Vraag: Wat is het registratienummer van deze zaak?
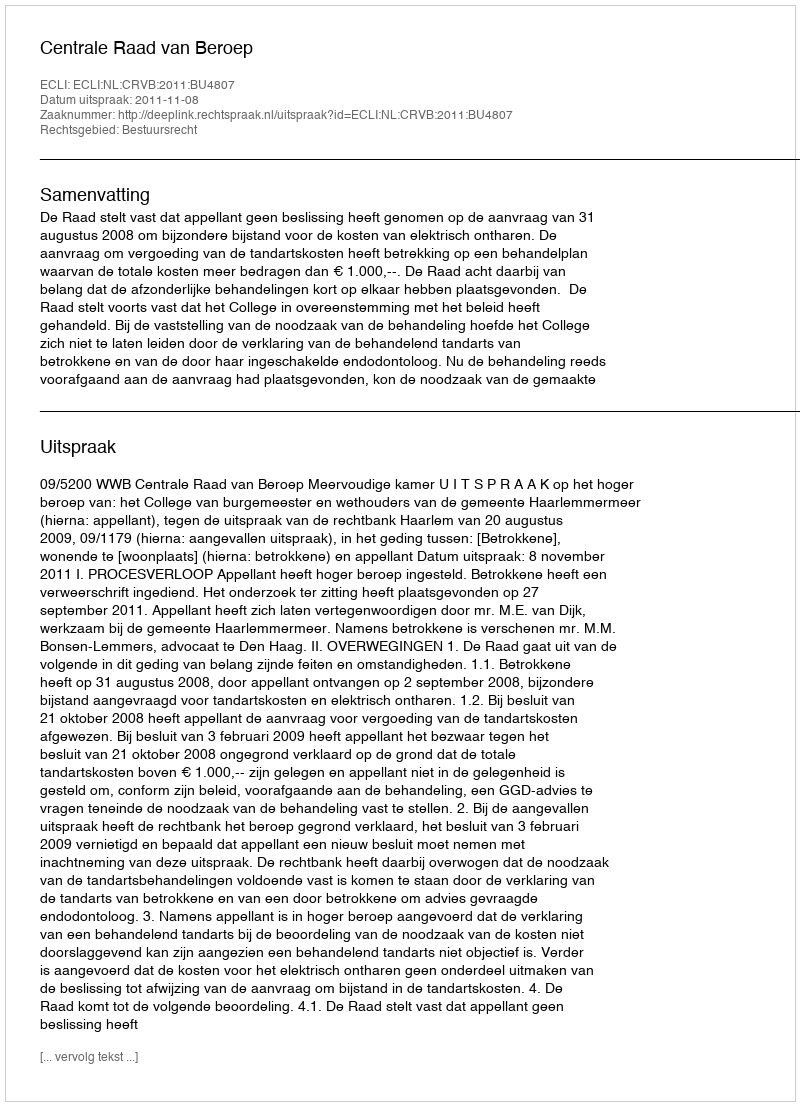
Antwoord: http://deeplink.rechtspraak.nl/uitspraak?id=ECLI:NL:CRVB:2011:BU4807